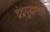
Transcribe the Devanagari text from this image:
द्वंद्वयुद्धामध्ये